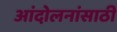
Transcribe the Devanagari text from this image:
आंदोलनांसाठी